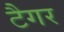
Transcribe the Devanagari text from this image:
टैगर